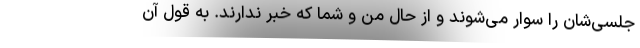
جلسی‌شان را سوار می‌شوند و از حال من و شما که خبر ندارند. به قول آن